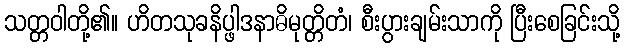
သတ္တဝါတို့၏။ ဟိတသုခနိပ္ဖါဒနာဓိမုတ္တိတံ၊ စီးပွားချမ်းသာကို ပြီးစေခြင်းသို့